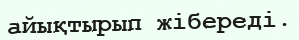
айықтырып жібереді.